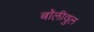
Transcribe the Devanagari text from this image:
बॉलीवुल